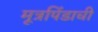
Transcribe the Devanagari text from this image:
मूत्रपिंडाची